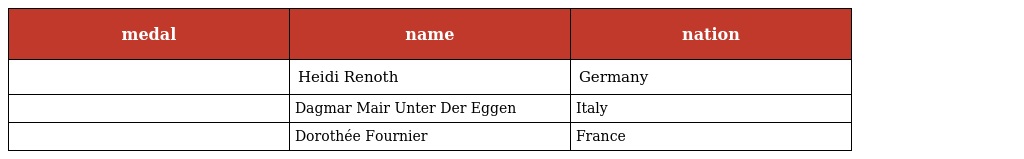
| medal | name | nation |
 | --- | --- | --- |
 |  | Heidi Renoth | Germany |
 |  | Dagmar Mair Unter Der Eggen | Italy |
 |  | Dorothée Fournier | France |